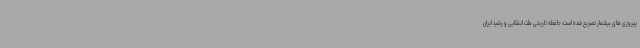
پیروزی های بیشمار تصریح شده است: حافظه تاریخی ملت انقلابی و رشید ایران